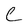
Character: C